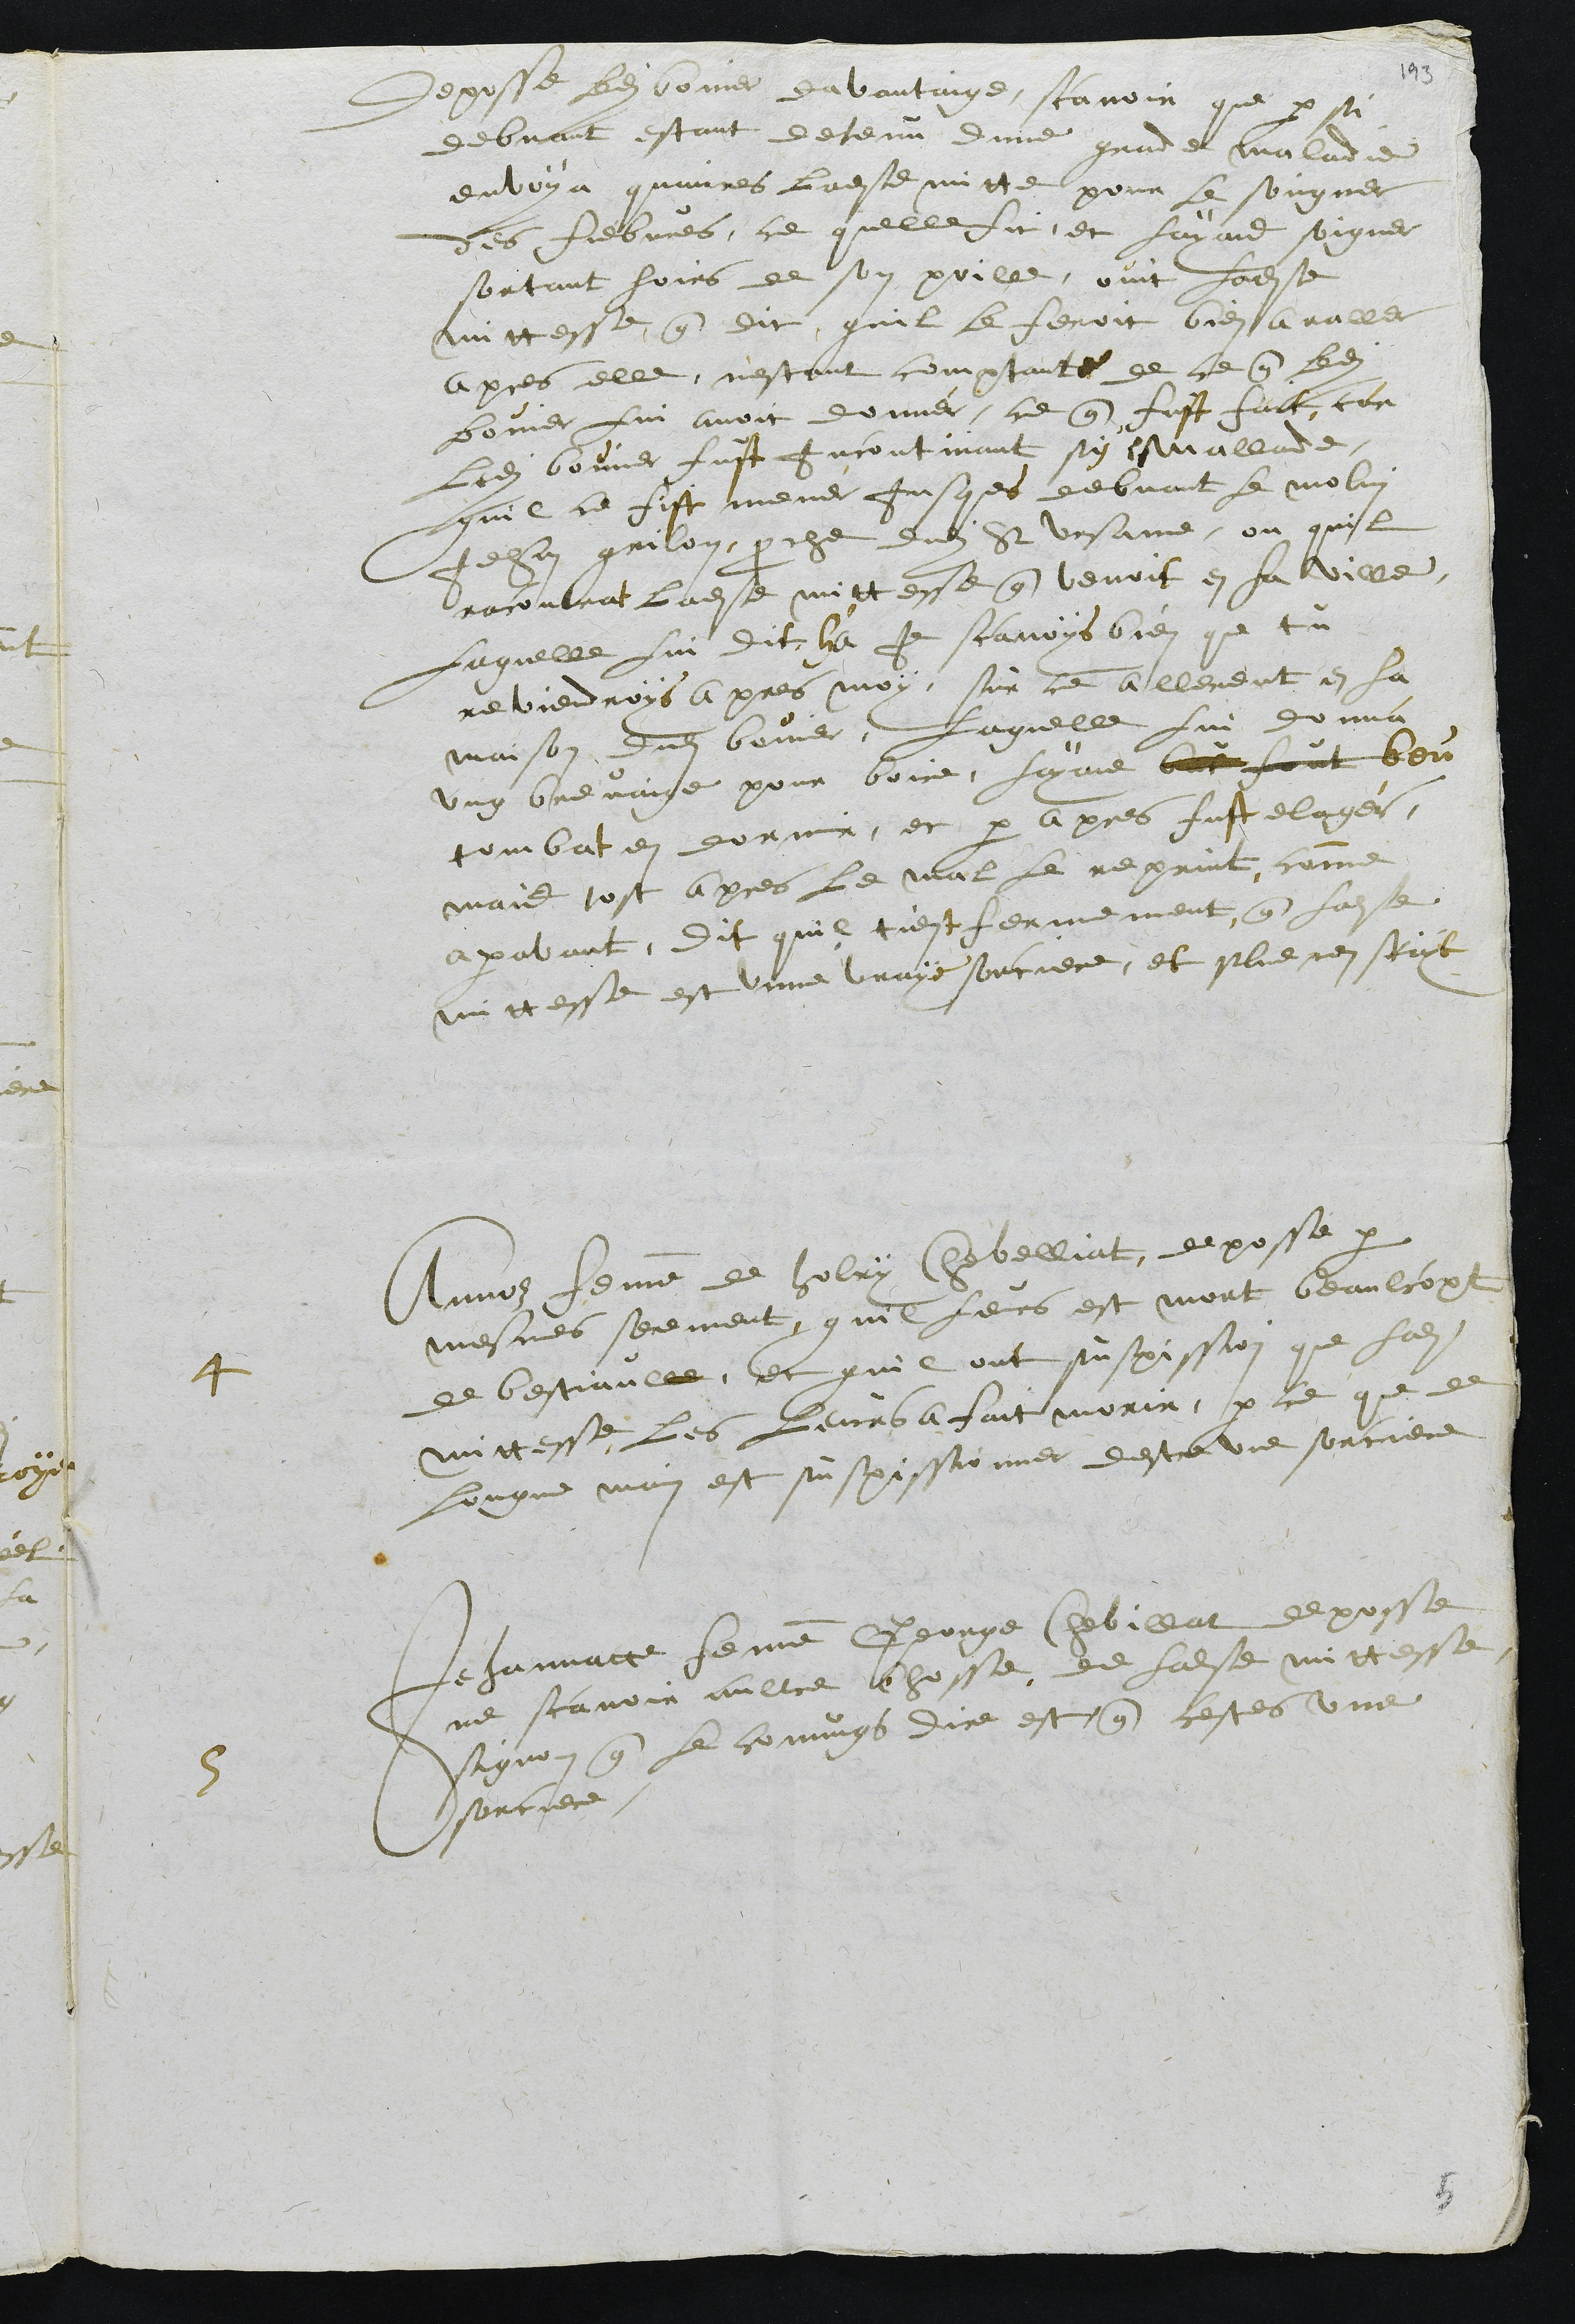
deposse ledit bovier davantaige, scavoir que par si
debvant estant detenu dune grande maladie
envoya quirres ladite mitte pour le soigner
des fiebvres, ce quelle fit, et layant soigner
sortant hoirs de son poille ouit ladite
mittesse que dit quil le feroit bien avaller
apres elle, nestant comptante de ce que ledit
bovier lui avoit donner, ce que fust fait, car
ledit bovier fust Incontinant sy mallade,
quil ce fist mener jusques debvant le molin
Jehan grilon, proche dudit St Ursanne, ou quil
racontra ladite mittesse que venoit en la ville
Laquelle lui dit Ha Je scavois bien que tu
reviendroys apres moy, sur ce allerent en la
maison dudit bovier. Laquelle lui donna
ung brevaige pour boire, layant beu
tombat en dormir, et par apres fust elager,
mais tost apres le mal le reprint, comme
aparavant, Dit quil tient fermement que ladite
mittesse est unne vraye sorciere, et plus nen scayt
4
Annoz femme de Holry Chevelliat, deposse par
mesmes serement quil leurs est mort beaulcopt
de bestiaulle, et quil ont suspission que ladite
mittesse les leurs a fait morir, parce que de
Longue main est suspissionner destre une sorciere
5
Jehannatte femme George Chevillat deposse
ne scavoir aultre chosse de ladite mittesse
signon que le comungs dire est que cestes une
sorciere.

5